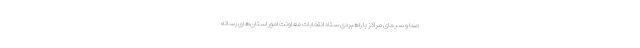
صدا و سیمای مراکز با راهبردی ستاد انتخابات معاونت امور استان‌های رسانه